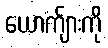
ယောက်ျားကို